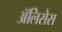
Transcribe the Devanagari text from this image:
ॲलिसेस